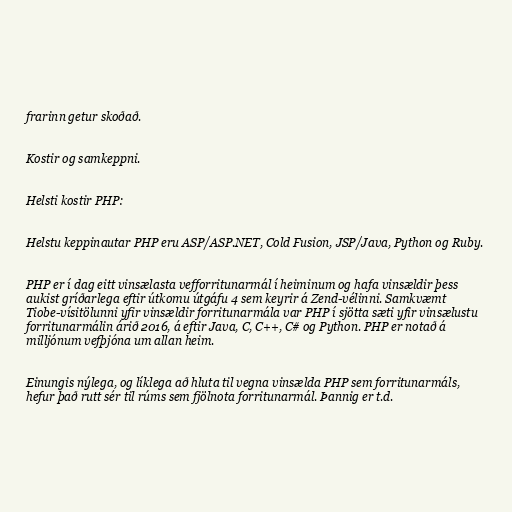
frarinn getur skoðað.

Kostir og samkeppni.

Helsti kostir PHP:

Helstu keppinautar PHP eru ASP/ASP.NET, Cold Fusion, JSP/Java, Python og Ruby.

PHP er í dag eitt vinsælasta vefforritunarmál í heiminum og hafa vinsældir þess
aukist gríðarlega eftir útkomu útgáfu 4 sem keyrir á Zend-vélinni. Samkvæmt
Tiobe-vísitölunni yfir vinsældir forritunarmála var PHP í sjötta sæti yfir vinsælustu
forritunarmálin árið 2016, á eftir Java, C, C++, C# og Python. PHP er notað á
milljónum vefþjóna um allan heim.

Einungis nýlega, og líklega að hluta til vegna vinsælda PHP sem forritunarmáls,
hefur það rutt sér til rúms sem fjölnota forritunarmál. Þannig er t.d.